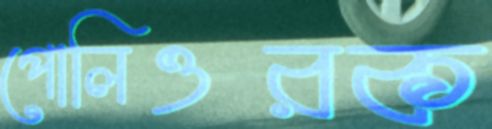
পোলিওরক